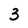
Character: 3